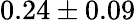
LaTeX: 0.24\pm 0.09